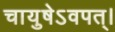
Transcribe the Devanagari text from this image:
चायुषेऽवपत्।